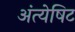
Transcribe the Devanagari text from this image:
अंत्येषिट